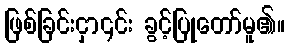
ဖြစ်ခြင်းငှာ၎င်း ခွင့်ပြုတော်မူ၏။